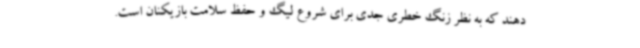
دهند که به نظر زنگ خطری جدی برای شروع لیگ و حفظ سلامت بازیکنان است.